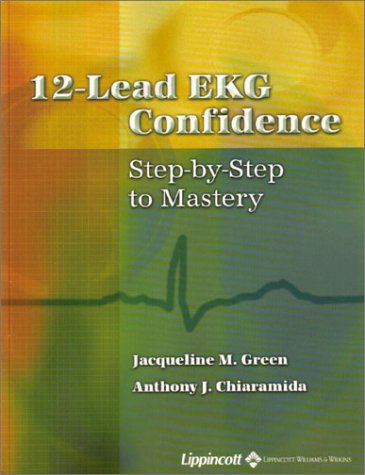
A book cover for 12-Lead EKG Confidence: Step-by-Step to Mastery; Jacqueline M. Green; Medical Books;